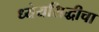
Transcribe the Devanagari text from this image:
ध्येयसिद्धीचा